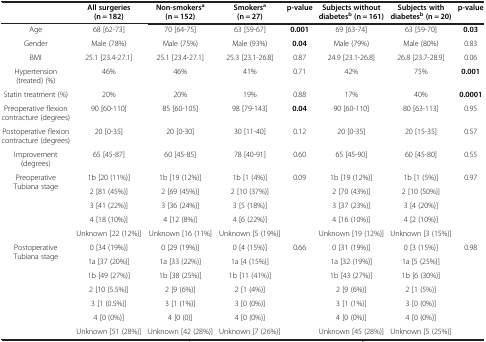
<table><thead><tr><td><b> </b></td><td><b>All surgeries (n = 182)</b></td><td><b>Non-smokers<sup>a </sup>(n = 152)</b></td><td><b>Smokers<sup>a </sup>(n = 27)</b></td><td><b>p-value</b></td><td><b>Subjects without diabetes<sup>b </sup>(n = 161)</b></td><td><b>Subjects with diabetes<sup>b </sup>(n = 20)</b></td><td><b>p-value</b></td></tr></thead><tbody><tr><td>Age</td><td>68 [62-73]</td><td>70 [64-75]</td><td>63 [59-67]</td><td><b>0.001</b></td><td>69 [63-74]</td><td>63 [59-70]</td><td><b>0.03</b></td></tr><tr><td>Gender</td><td>Male (78%)</td><td>Male (75%)</td><td>Male (93%)</td><td><b>0.04</b></td><td>Male (79%)</td><td>Male (80%)</td><td>0.83</td></tr><tr><td>BMI</td><td>25.1 [23.4-27.1]</td><td>25.1 [23.4-27.1]</td><td>25.3 [23.1-26.8]</td><td>0.87</td><td>24.9 [23.1-26.8]</td><td>26.8 [23.7-28.9]</td><td>0.06</td></tr><tr><td>Hypertension (treated) (%)</td><td>46%</td><td>46%</td><td>41%</td><td>0.71</td><td>42%</td><td>75%</td><td><b>0.001</b></td></tr><tr><td>Statin treatment (%)</td><td>20%</td><td>20%</td><td>19%</td><td>0.88</td><td>17%</td><td>40%</td><td><b>0.0001</b></td></tr><tr><td>Preoperative flexion contracture (degrees)</td><td>90 [60-110]</td><td>85 [60-105]</td><td>98 [79-143]</td><td><b>0.04</b></td><td>90 [60-110]</td><td>80 [63-113]</td><td>0.95</td></tr><tr><td>Postoperative flexion contracture (degrees)</td><td>20 [0-35]</td><td>20 [0-30]</td><td>30 [11-40]</td><td>0.12</td><td>20 [0-35]</td><td>20 [15-35]</td><td>0.57</td></tr><tr><td>Improvement (degrees)</td><td>65 [45-87]</td><td>60 [45-85]</td><td>78 [40-91]</td><td>0.60</td><td>65 [45-90]</td><td>60 [45-80]</td><td>0.55</td></tr><tr><td rowspan="5">Preoperative Tubiana stage</td><td>1b [20 (11%)]</td><td>1b [19 (12%)]</td><td>1b [1 (4%)]</td><td rowspan="5">0.09</td><td>1b [19 (12%)]</td><td>1b [1 (5%)]</td><td rowspan="5">0.97</td></tr><tr><td>2 [81 (45%)]</td><td>2 [69 (45%)]</td><td>2 [10 (37%)]</td><td>2 [70 (43%)]</td><td>2 [10 (50%)]</td></tr><tr><td>3 [41 (22%)]</td><td>3 [36 (24%)]</td><td>3 [5 (18%)]</td><td>3 [37 (23%)]</td><td>3 [4 (20%)]</td></tr><tr><td>4 [18 (10%)]</td><td>4 [12 (8%)]</td><td>4 [6 (22%)]</td><td>4 [16 (10%)]</td><td>4 [2 (10%)]</td></tr><tr><td>Unknown [22 (12%)]</td><td>Unknown [16 (11%]</td><td>Unknown [5 (19%)]</td><td>Unknown [19 (12%)]</td><td>Unknown [3 (15%)]</td></tr><tr><td rowspan="7">Postoperative Tubiana stage</td><td>0 [34 (19%)]</td><td>0 [29 (19%)]</td><td>0 [4 (15%)]</td><td rowspan="7">0.66</td><td>0 [31 (19%)]</td><td>0 [3 (15%)]</td><td rowspan="7">0.98</td></tr><tr><td>1a [37 (20%)]</td><td>1a [33 (22%)]</td><td>1a [4 (15%)]</td><td>1a [32 (19%)]</td><td>1a [5 (25%)]</td></tr><tr><td>1b [49 (27%)]</td><td>1b [38 (25%)]</td><td>1b [11 (41%)]</td><td>1b [43 (27%)]</td><td>1b [6 (30%)]</td></tr><tr><td>2 [10 (5.5%)]</td><td>2 [9 (6%)]</td><td>2 [1 (4%)]</td><td>2 [9 (6%)]</td><td>2 [1 (5%)]</td></tr><tr><td>3 [1 (0.5%)]</td><td>3 [1 (1%)]</td><td>3 [0 (0%)]</td><td>3 [1 (1%)]</td><td>3 [0 (0%)]</td></tr><tr><td>4 [0 (0%)]</td><td>4 [0 (0)]</td><td>4 [0 (0%)]</td><td>4 [0 (0%)]</td><td>4 [0 (0%)]</td></tr><tr><td>Unknown [51 (28%)]</td><td>Unknown [42 (28%)]</td><td>Unknown [7 (26%)]</td><td>Unknown [45 (28%)]</td><td>Unknown [5 (25%)]</td></tr></tbody></table>